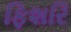
ફિશરિ